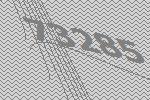
73285